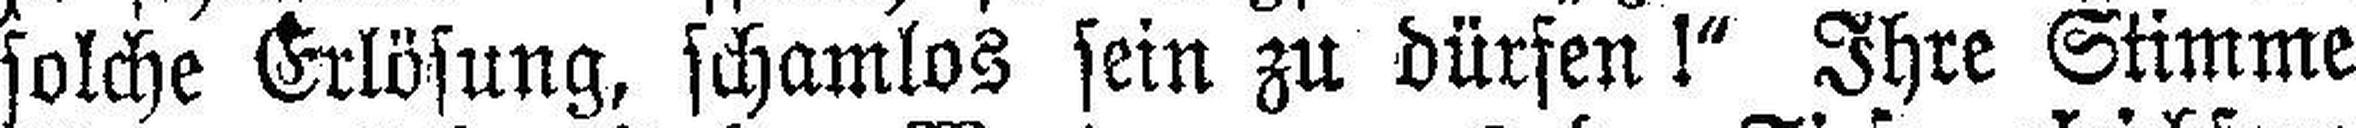
solche Erlösung, schamlos sein zu dürfen !“ Ihre Stimme